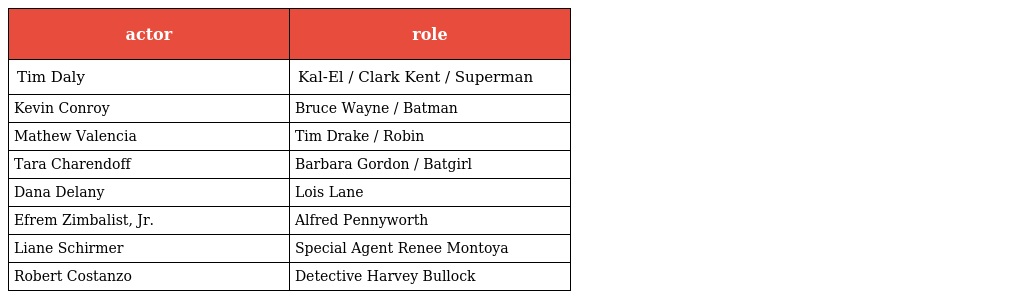
| actor | role |
 | --- | --- |
 | Tim Daly | Kal-El / Clark Kent / Superman |
 | Kevin Conroy | Bruce Wayne / Batman |
 | Mathew Valencia | Tim Drake / Robin |
 | Tara Charendoff | Barbara Gordon / Batgirl |
 | Dana Delany | Lois Lane |
 | Efrem Zimbalist, Jr. | Alfred Pennyworth |
 | Liane Schirmer | Special Agent Renee Montoya |
 | Robert Costanzo | Detective Harvey Bullock |